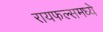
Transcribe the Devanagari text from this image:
रायफल्समध्ये